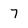
Character: 7